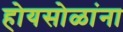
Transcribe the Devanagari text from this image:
होयसोळांना